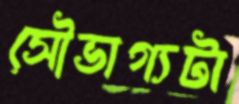
সৌভাগ্যটা